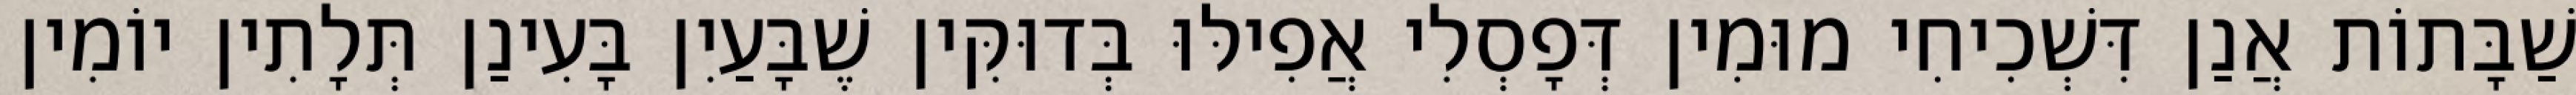
שַׁבָּתוֹת אֲנַן דִּשְׁכִיחִי מוּמִין דְּפָסְלִי אֲפִילּוּ בְּדוּקִּין שֶׁבָּעַיִן בָּעִינַן תְּלָתִין יוֹמִין